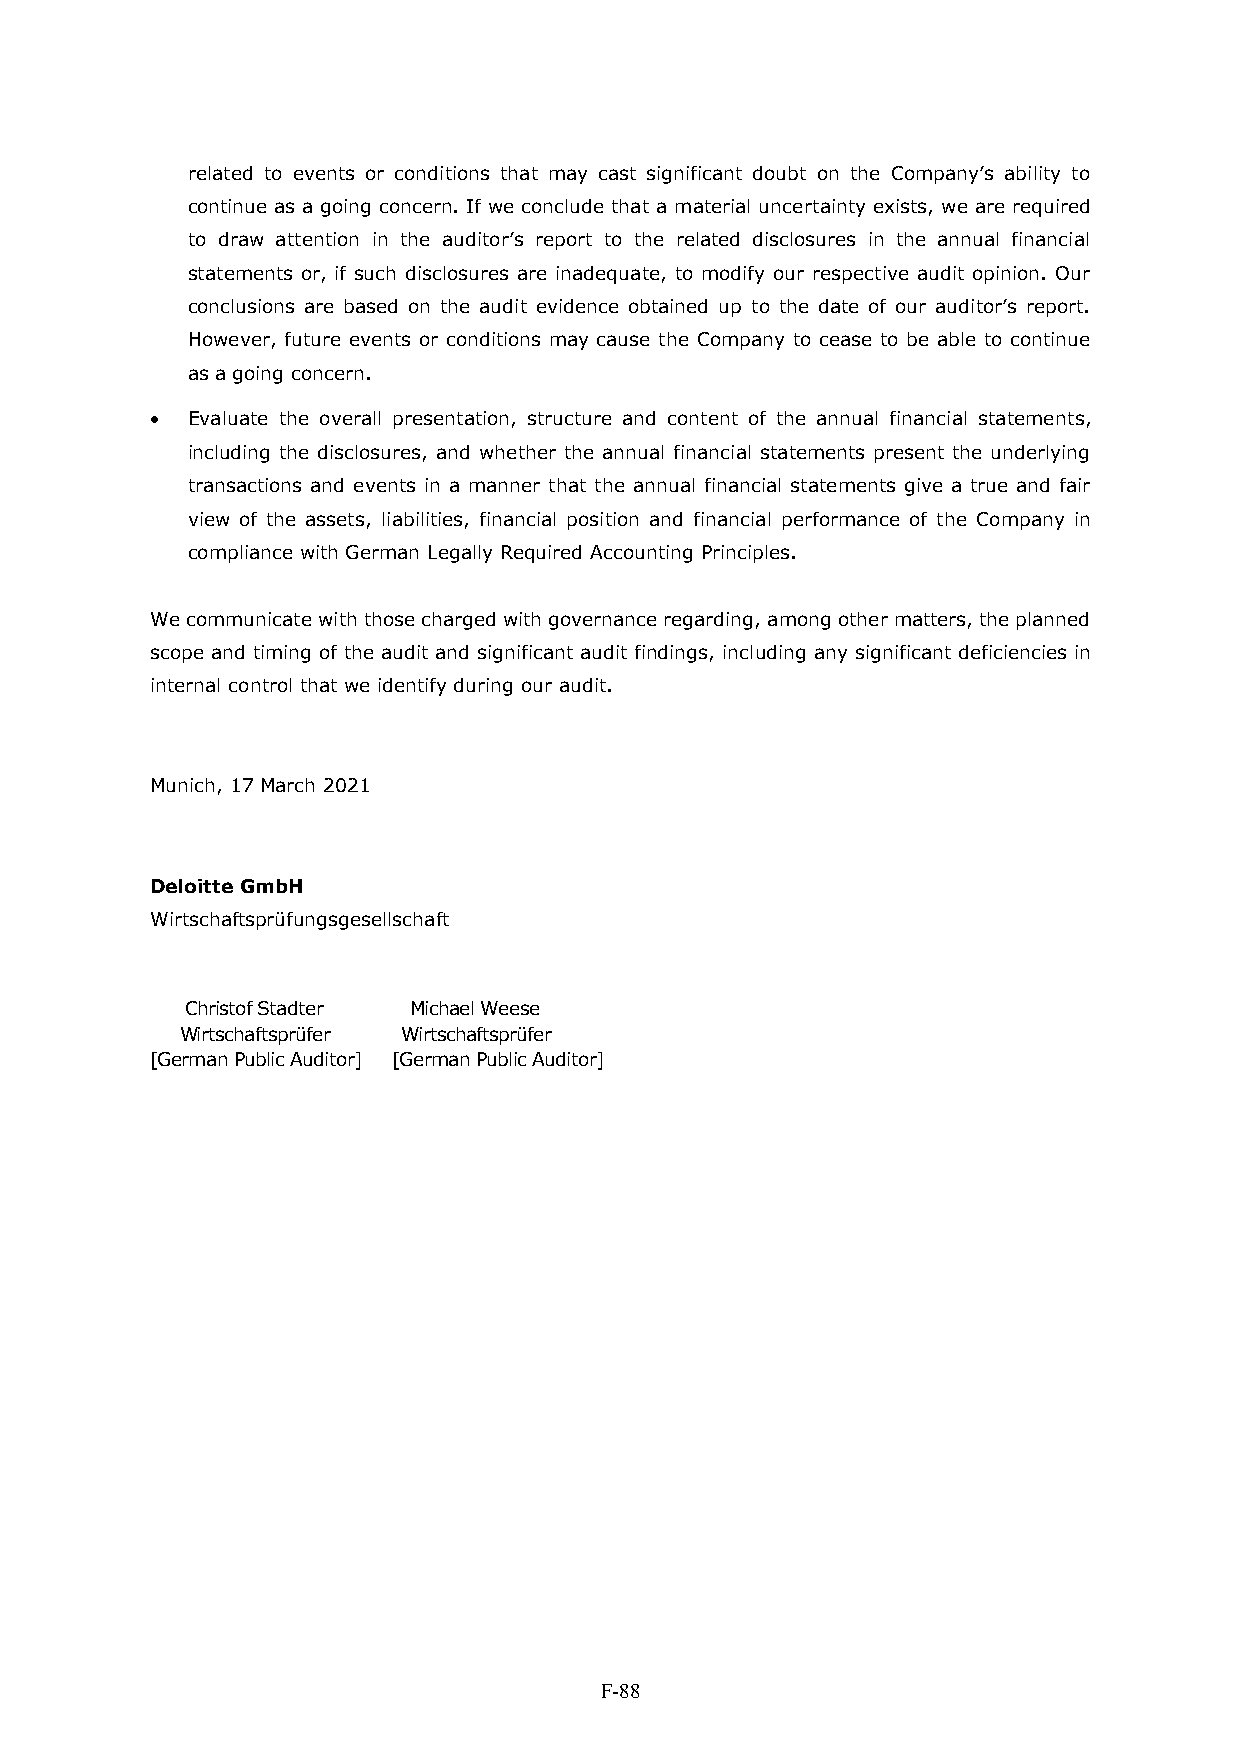
related to events or conditions that may cast significant doubt on the Company’s ability to
 continue as a going concern. If we conclude that a material uncertainty exists, we are required
 to draw attention in the auditor’s report to the related disclosures in the annual financial
 statements or, if such disclosures are inadequate, to modify our respective audit opinion. Our
 conclusions are based on the audit evidence obtained up to the date of our auditor’s report.
 However, future events or conditions may cause the Company to cease to be able to continue
 as a going concern.
  Evaluate the overall presentation, structure and content of the annual financial statements,
 including the disclosures, and whether the annual financial statements present the underlying
 transactions and events in a manner that the annual financial statements give a true and fair
 view of the assets, liabilities, financial position and financial performance of the Company in
 compliance with German Legally Required Accounting Principles.
 We communicate with those charged with governance regarding, among other matters, the planned
 scope and timing of the audit and significant audit findings, including any significant deficiencies in
 internal control that we identify during our audit.
 Munich, 17 March 2021
 Deloitte GmbH
 Wirtschaftsprüfungsgesellschaft
 Christof Stadter Michael Weese
 Wirtschaftsprüfer Wirtschaftsprüfer
 [German Public Auditor] [German Public Auditor]
 F-88